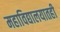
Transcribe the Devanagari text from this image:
महाविद्यालयातही